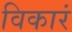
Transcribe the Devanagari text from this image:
विकारं